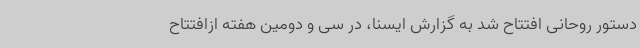
دستور روحانی افتتاح شد به گزارش ایسنا، در سی و دومین هفته ازافتتاح